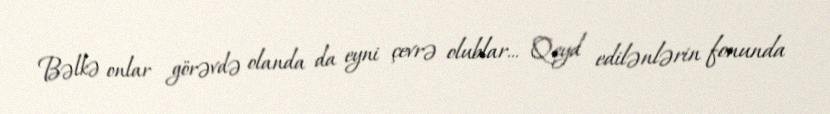
Bəlkə onlar görəvdə olanda da eyni çevrə olublar... Qeyd edilənlərin fonunda